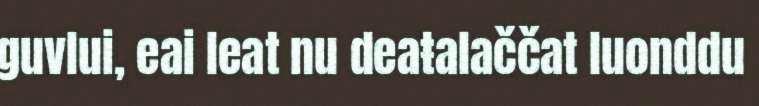
guvlui, eai leat nu deaŧalaččat luonddu